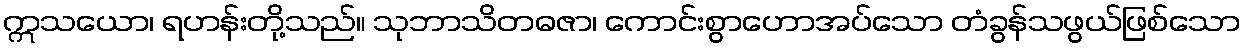
ဣသယော၊ ရဟန်းတို့သည်။ သုဘာသိတဓဇာ၊ ကောင်းစွာဟောအပ်သော တံခွန်သဖွယ်ဖြစ်သော